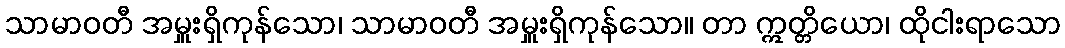
သာမာဝတီ အမှူးရှိကုန်သော၊ သာမာဝတီ အမှူးရှိကုန်သော။ တာ ဣတ္တိယော၊ ထိုငါးရာသော